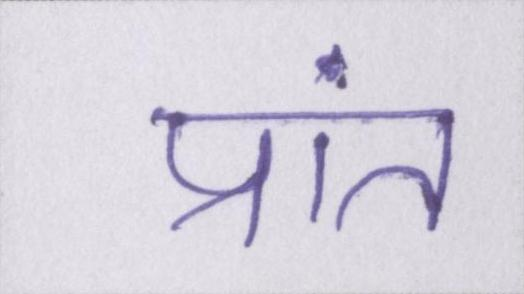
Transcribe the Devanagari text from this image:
प्रांत